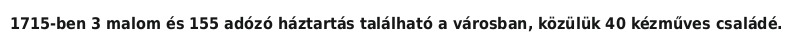
1715-ben 3 malom és 155 adózó háztartás található a városban, közülük 40 kézműves családé.